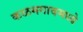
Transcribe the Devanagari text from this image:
कळमगावमध्ये